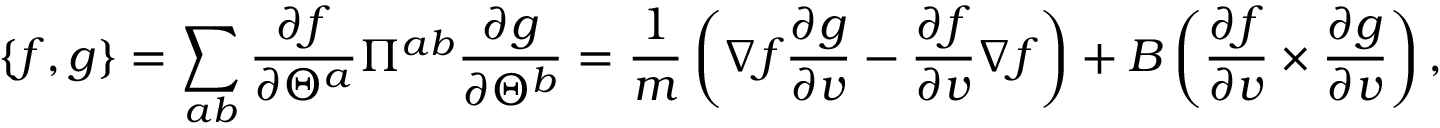
\{ f , g \} = \sum _ { a b } \frac { \partial f } { \partial \Theta ^ { a } } \Pi ^ { a b } \frac { \partial g } { \partial \Theta ^ { b } } = \frac { 1 } { m } \left( \nabla f \frac { \partial g } { \partial v } - \frac { \partial f } { \partial v } \nabla f \right) + B \left( \frac { \partial f } { \partial v } \times \frac { \partial g } { \partial v } \right) ,